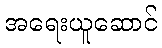
အရေးယူဆောင်